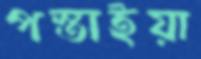
পস্তাইয়া